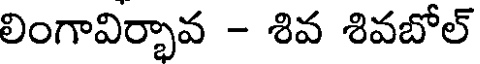
లింగావిర్భావ - శివ శివబోల్